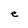
Character: e